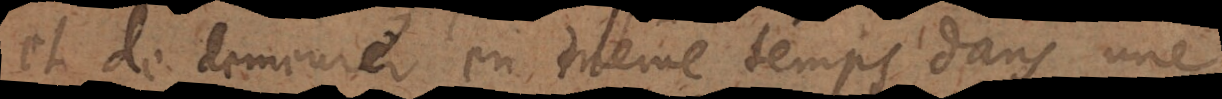
et de demeurer en même temps dans un